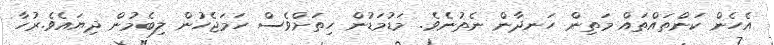
އެހެން ކަންތައްތައް މަތިން ހަނދާން ނެތުނެވެ. މަޑުމަޑުން ހިތަށްވެސް ހަމަޖެހުން ލިބެމުން ދިޔައެވެ.ރުހާ